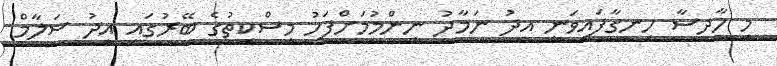
މި ހާދިސާ ހިނގާފައިވަނީ އީދު ނަމާދު ނިންމުމަށްފަހު މިސްކިތުގެ ބޭރުގައި އީދު ސަލާމް